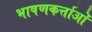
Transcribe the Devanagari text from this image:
भाषणकर्त्ताओं